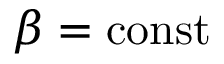
\beta = \mathrm { c o n s t }